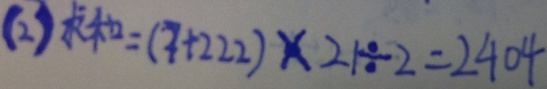
( 2 ) 求 和 = ( 7 + 2 2 2 ) \times 2 1 \div 2 = 2 4 0 4